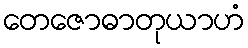
တေဇောဓာတုယာဟံ